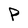
Character: P